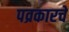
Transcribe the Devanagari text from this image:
पव्रकारचे